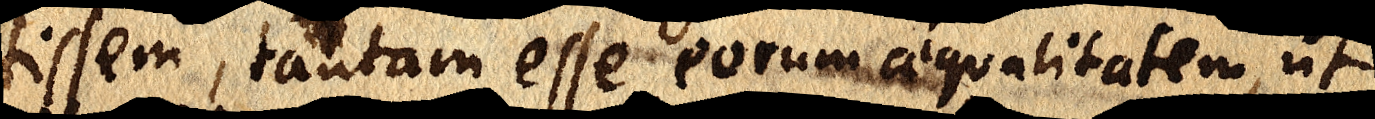
tissem, tantam esse eorum aequalitatem, ut